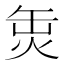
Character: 𤈣